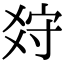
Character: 𤕠